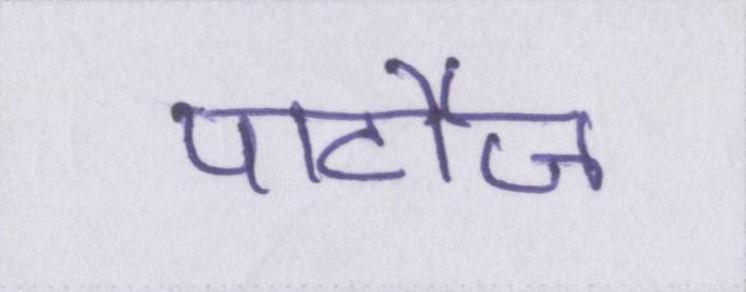
पार्टीज